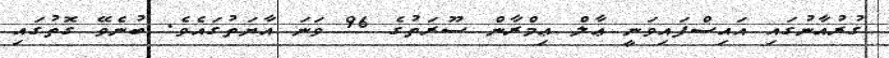
ގުރުއާނުގައި އައިސްފައިވަނީ ޢާލް ޢިމްރާން ސޫރަތުގެ 96 ވަނަ އާޔަތުގައެވެ. ބުނެވޭ ގޮތުގައި